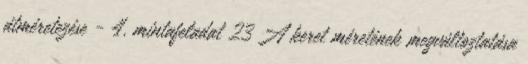
átméretezése - 4. mintafeladat 23 A keret méretének megváltoztatása